Annual administration report of the Civil Veterinary Department of India - 1903-1904
Year: 1903
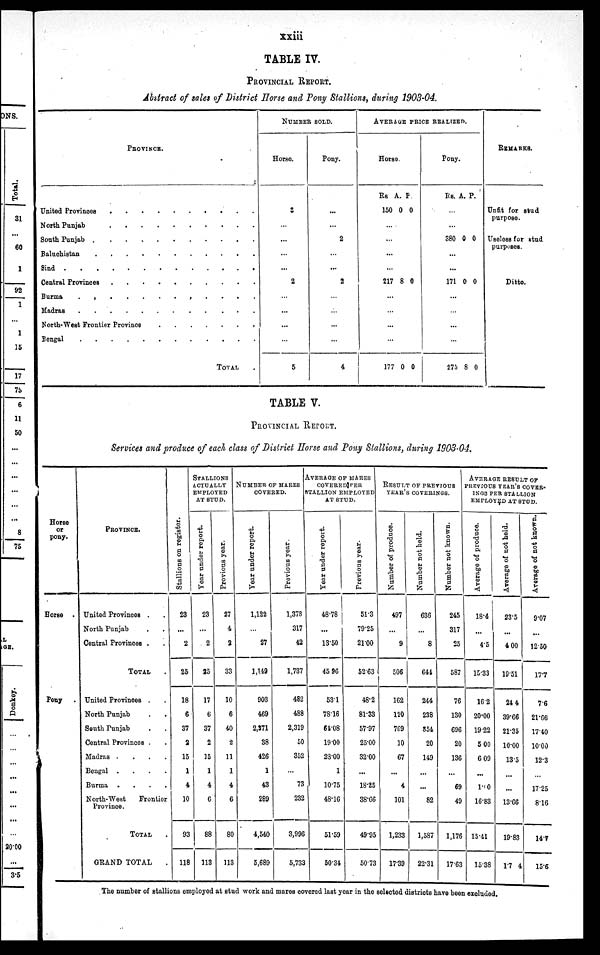
xxiii
TABLE IV.
PROVINCIAL REPORT.
Abstract of sales of District Horse and Pony Stallions, during 1903-04.
PROVINCE.
United Provinces . . . . . . . . .
North Punjab . . . . . . . . .
South Punjab . . . . . . . . .
Baluchistan . . . . . . . . .
Sind . . . . . . . . . . . .
Central Provinces . . . . . . . . .
Burma
.
.
.
.
.
.
.
.
.
Madras . . . . . . . . .
North-West Frontier Province . . . . . . .
Bengal . . . . . . . . . . . .
TOTAL .
NUMBER SOLD.
Horse.
2
...
...
...
...
2
...
...
...
...
5
Pony.
...
...
2
...
...
2
...
...
...
...
4
AVERAGE
PRICE
REALIZED.
Horse.
Rs
150
A.
0
P.
0
...
...
...
...
217 8 0
...
...
...
...
177 0 0
Pony.
Rs. A. P.
...
...
380 0 0
...
...
171 0 0
...
...
...
...
275 8 0
REMARKS.
Unfit for stud
purpose.
Useless for stud
purposes.
Ditto.
TABLE V.
PROVINCIAL REPORT.
Services and produce of each class of District Horse and Pony Stallions, during 1903-04.
Horse
or
pony.
Horse .
Pony
PROVINCE.
United Provinces . .
North Punjab . .
Central Provinces . .
TOTAL .
United Provinces . .
North Punjab . .
South Punjab . .
Central Provinces . .
Madras .
.
.
.
Bengal .
.
.
.
Burma .
.
.
.
North-West
Frontior
Province.
TOTAL .
GRAND TOTAL .
St al l
i
ons on registor.
23
...
2
25
18
6
37
2
15
1
4
10
93
118
STALLIONS
ACTUALLY
EMPLOYED
AT STUD.
Year under report.
23
...
2
25
17
6
37
2
15
1
4
6
88
113
Previous year.
27
4
2
33
10
6
40
2
11
1
4
6
80
113
NUMBER OF MARES
COVERED.
Year under report.
1,122
...
27
1,149
903
469
2,371
38
426
1
43
289
4,540
5,689
Previous year.
1,378
317
42
1,737
482
488
2,319
50
352
73
232
3,996
5,733
AVERAGE OF MARES
COVERED PER
STALLION EMPLOYED
AT STUD.
Year under report.
48.78
...
13.50
45 96
531
78.16
64.08
WOO
23.00
1
10.75
48.16
51.59
50.34
Previous year.
51.3
79.25
21.00
52.63
48.2
81.33
57.97
25.00
32.00
...
18.25
38.66
49.95
50.73
RESULT OF PREVIOUS
YEAR'S COVERINGS.
Number of produce.
497
...
9
506
162
120
769
10
67
...
4
101
1,233
17.39
Number not held.
636
...
8
641
244
238
854
20
149
...
...
82
1,587
22.31
Number not known.
245
317
25
587
76
130
696
20
136
...
69
49
1,176
17.63
AVERAGE RESULT OF
PREVIOUS YEAR'S
COVER-
---- PER STALLION
EMPLOYED AT STUD.
Average of produce.
18.4
...
4.5
15.33
16.2
20.00
19.22
5.00
6.09
...
1.00
16.83
15.41
15.38
Average of not hold.
23.5
...
4.00
19.51
24.4
39.66
21.35
10.00
13.5
...
...
13.66
19.83
1.7 4
Average of not known.
9.07
...
12.50
17.7
7.6
21.66
1740
10.00
12.3
...
17.25
8.16
14.7
15.6
The number of stallions employed at stud work and mares covered last year in the selected districts have been excluded.